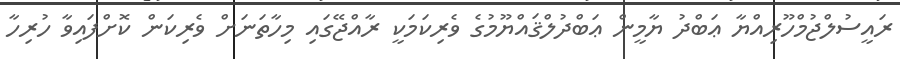
ރައީސުލްޖުމްހޫރިއްޔާ ޢަބްދު ޔާމީން ޢަބްދުލްޤައްޔޫމުގެ ވެރިކަމަކީ ރާއްޖޭގައި މިހާތަނަށް ވެރިކަން ކޮށްފައިވާ ހުރިހާ